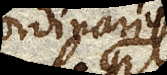
ordinario